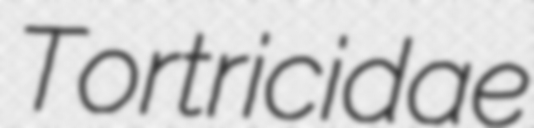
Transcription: Tortricidae